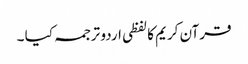
قرآن کریم کا لفظی اردو ترجمہ کیا ۔